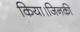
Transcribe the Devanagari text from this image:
किया।जिनकी